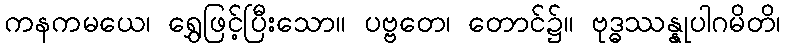
ကနကမယေ၊ ရွှေဖြင့်ပြီးသော။ ပဗ္ဗတေ၊ တောင်၌။ ဗုဒ္ဓဿန္နုပါဂမိတိ၊